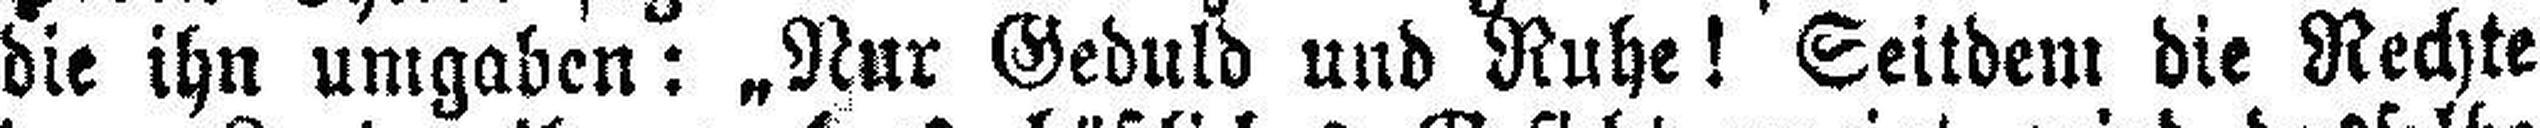
die ihn umgaben: „Nur Geduld und Ruhe! Seitdem die Rechte